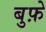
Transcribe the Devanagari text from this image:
बुफ़े